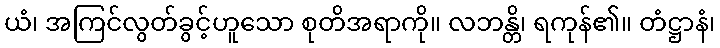
ယံ၊ အကြင်လွတ်ခွင့်ဟူသော စုတိအရာကို။ လဘန္တိ၊ ရကုန်၏။ တံဋ္ဌာနံ၊